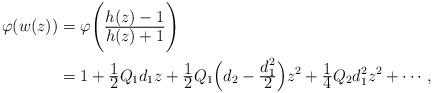
LaTeX: \begin{align*}\varphi(w(z))&= \varphi\Bigg(\tfrac{\displaystyle h(z)-1}{\displaystyle h(z)+1}\Bigg)\\&= 1+ \tfrac{\displaystyle 1}{\displaystyle 2}Q_1d_1z+\tfrac{\displaystyle 1}{\displaystyle 2}Q_1\Big(d_2-\tfrac{\displaystyle d_1^2}{\displaystyle 2}\Big)z^2+\tfrac{\displaystyle 1}{\displaystyle 4}Q_2d_1^2z^2+\cdots,\end{align*}